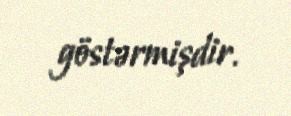
göstərmişdir.